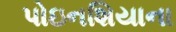
પોઇનશિયાના